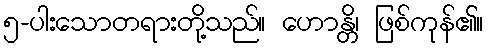
၅-ပါးသောတရားတို့သည်။ ဟောန္တိ၊ ဖြစ်ကုန်၏။